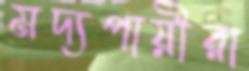
মদ্যপায়ীরা